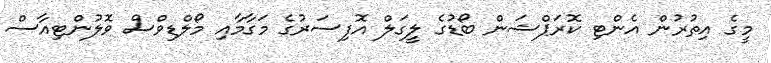
މީގެ އިތުރުން އެންޓި ކޮރަޕްޝަން ބޯޑުގެ ލީގަލް އޮފިސަރުގެ މަގާމާއި މޯލްޑިވްސް ވޮލުންޓިއާސް